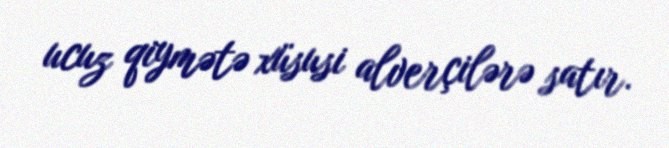
ucuz qiymətə xüsusi alverçilərə satır.